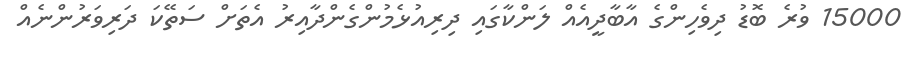
15000 ވުރެ ބޮޑު ދިވެހިންގެ އާބާދީއެއް ލަންކާގައި ދިރިއުޅެމުންގެންދާއިރު އެތަށް ސަތޭކަ ދަރިވަރުންނެއް